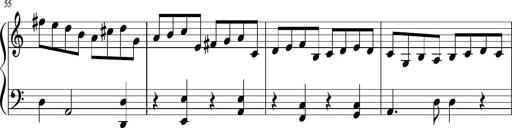
Title: Sonatine Nr.1 in C-Dur
Composer: DÃ©sirÃ©e Manns
Key: C major